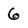
Character: 6